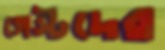
গেস্টদের